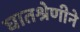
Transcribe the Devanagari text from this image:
घातश्रेणीने